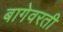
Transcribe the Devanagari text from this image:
बागेवरती